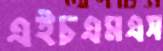
এইচএমএস